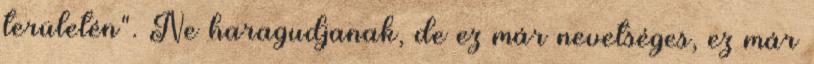
területén". Ne haragudjanak, de ez már nevetséges, ez már